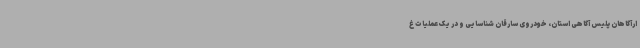
ارآگاهان پلیس آگاهی استان، خودروی سارقان شناسایی و در یک عملیات غ